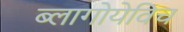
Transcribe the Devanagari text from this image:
ब्लागोयेविच